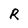
Character: R